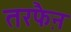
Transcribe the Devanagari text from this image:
तरफै़न